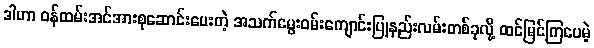
ဒါဟာ ဝန်ထမ်းအင်အားစုဆောင်းပေးတဲ့ အသက်မွေးဝမ်းကျောင်းပြုနည်းလမ်းတစ်ခုလို့ ထင်မြင်ကြပေမဲ့